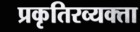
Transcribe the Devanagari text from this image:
प्रकृतिरव्यक्ता